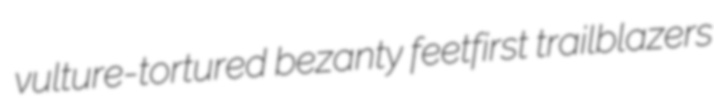
vulture-tortured bezanty feetfirst trailblazers